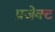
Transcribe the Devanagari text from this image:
प्रजेक्ट